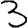
Digit: 3